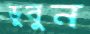
ডুবুন